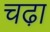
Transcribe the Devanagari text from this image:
चढा़